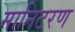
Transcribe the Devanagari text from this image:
मानिटरण